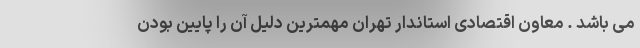
می باشد . معاون اقتصادی استاندار تهران مهمترین دلیل آن را پایین بودن